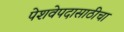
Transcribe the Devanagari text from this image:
पेशवेपदासाठीचा